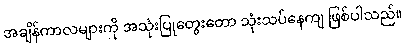
အချိန်ကာလများကို အသုံးပြုတွေးတော သုံးသပ်နေကျ ဖြစ်ပါသည်။